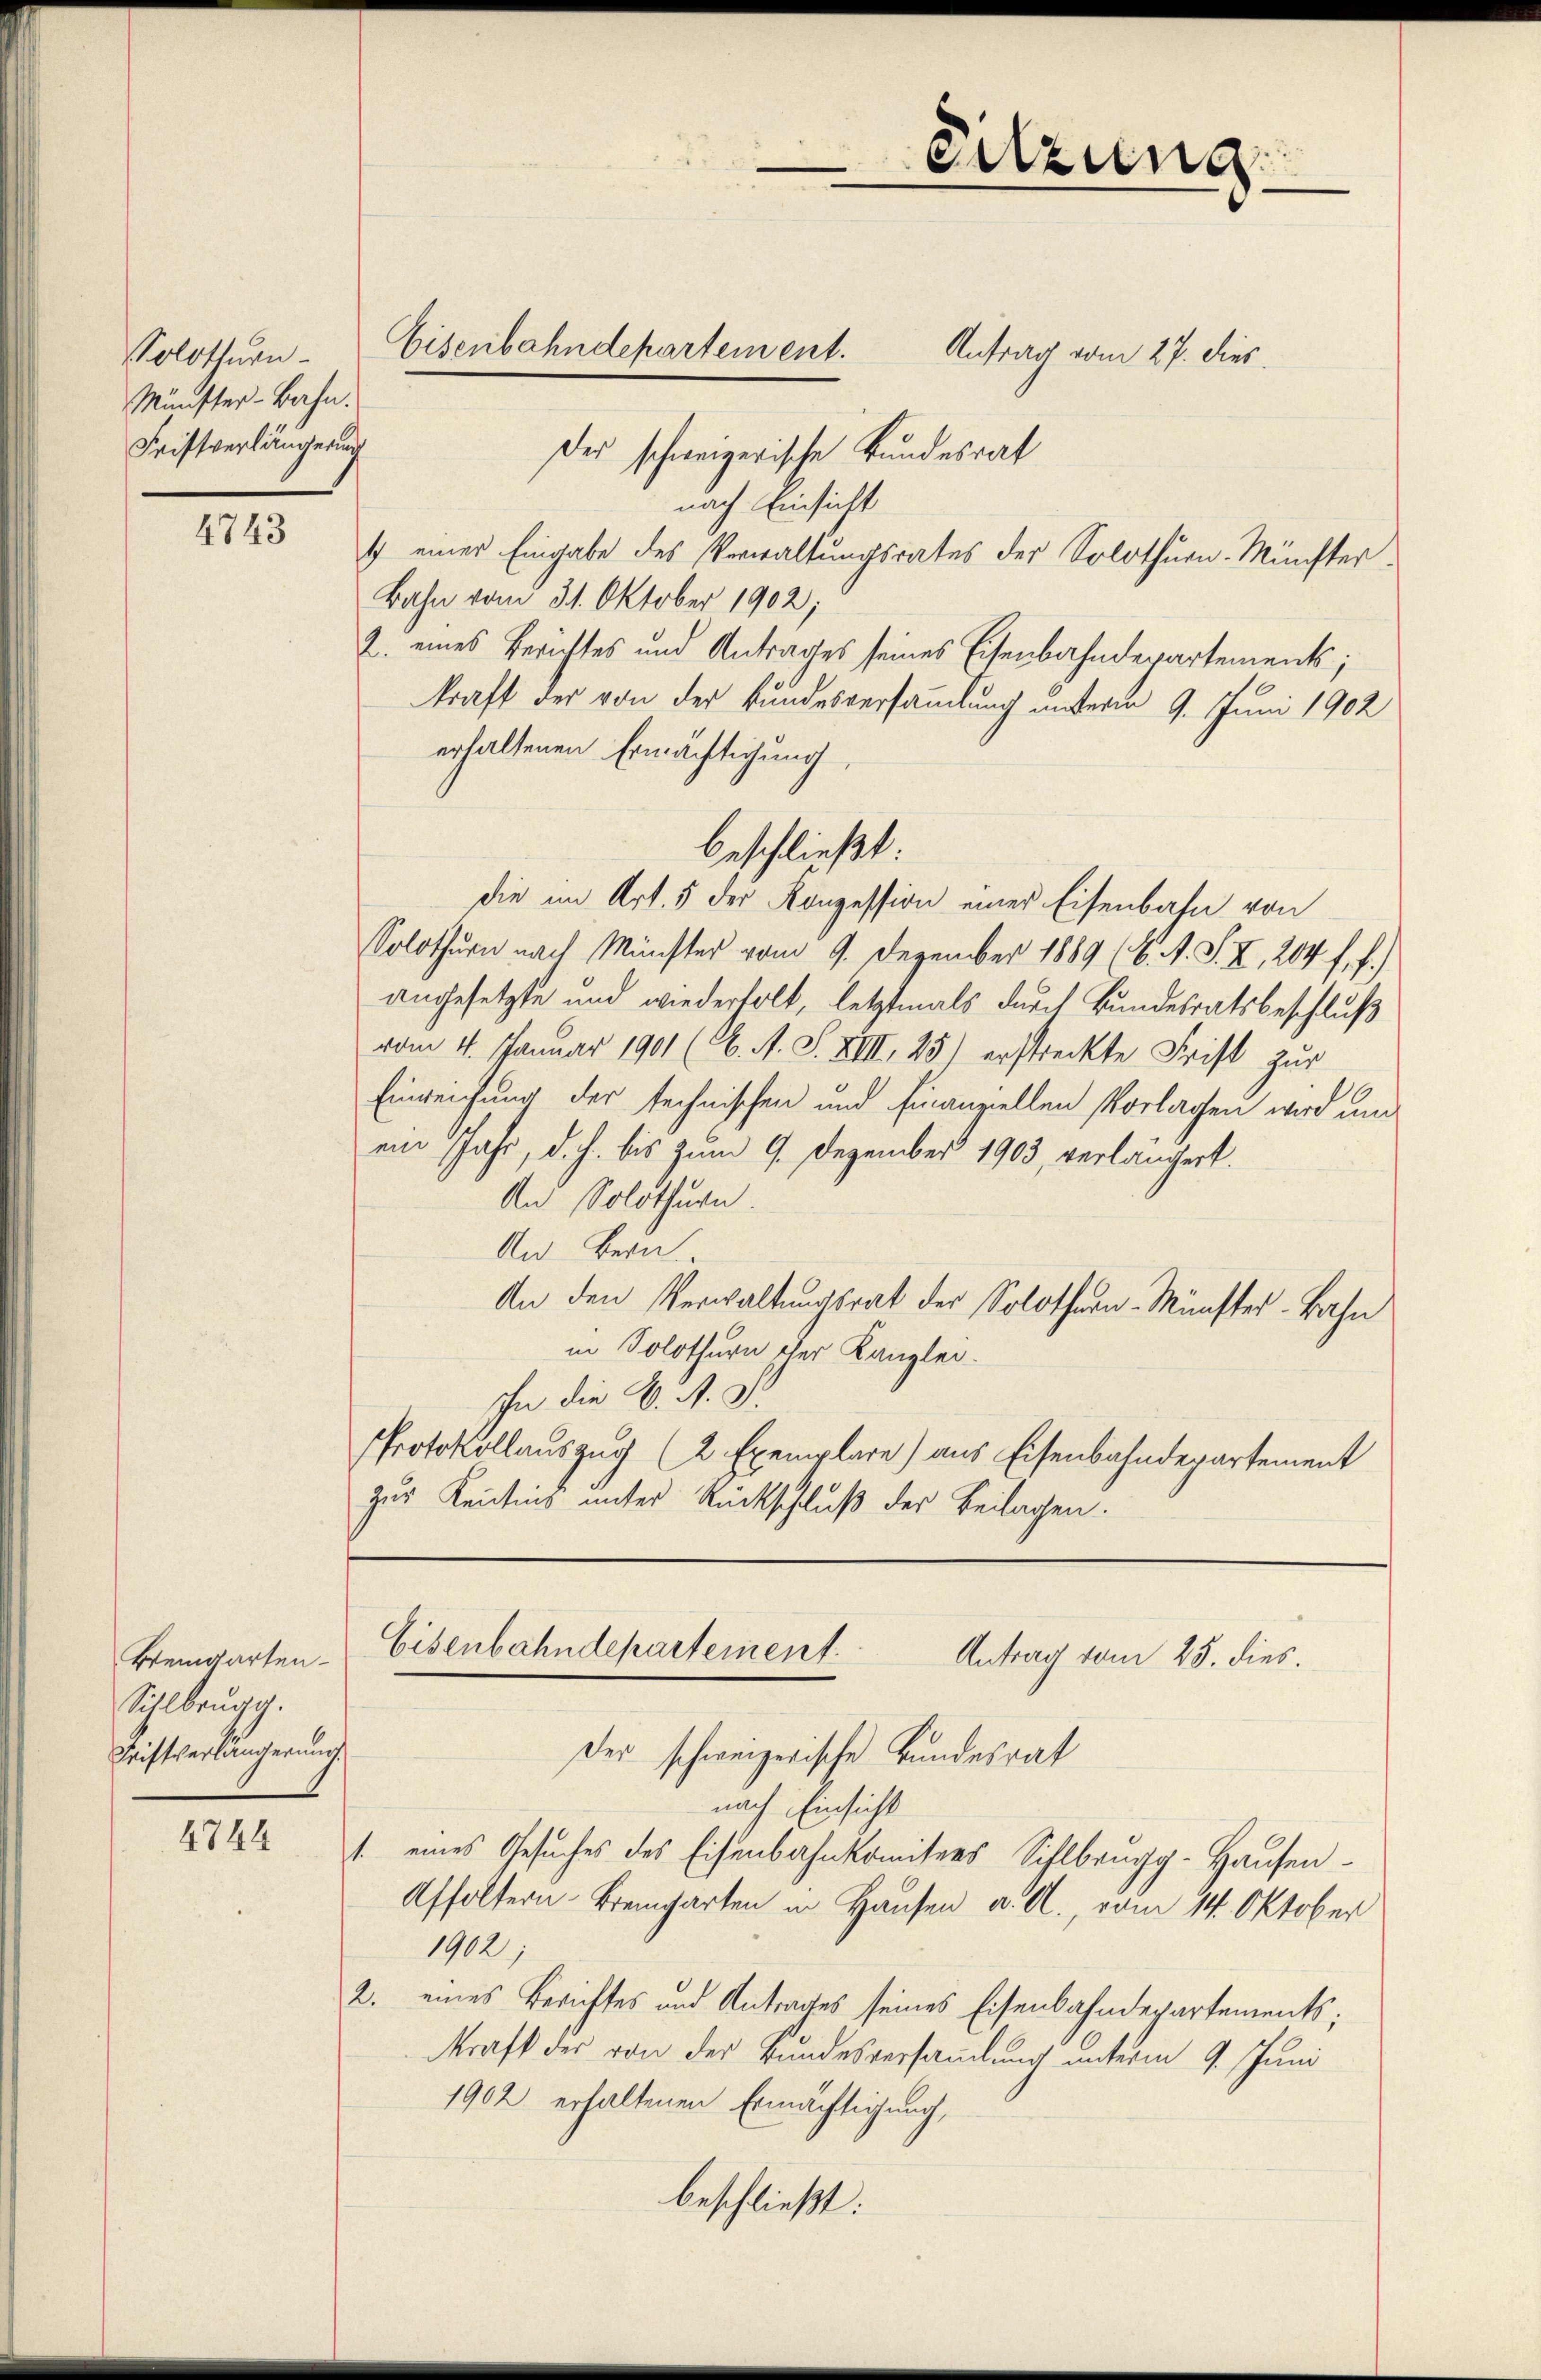
Solothurn
Münster-Bahn.
Fristverlängerung

4743

Weingarten.
Sihlbrugg.
Triftverlängerung.

4744

Antrag vom 27. dies
Des schweizerische Bundesrat
nach Einsicht
1 einer Eingabe des Verwaltungsrates der Solothurn. Münster¬
Bahn vom 31. Oktober 1902;
2. eines Berichtes und Antrages seines Eisenbahndepartements;
kraft der von der Bundesversammlung unterm 9. Juni 1902
erhaltenen Ermächtigung,
die im Art. 5 der Konzession einer Eisenbahn von
Solothurn nach Münster vom 9. Dezember 1889 (C. A. S. II, 204 f. f.)
angesetzte und wiederholt, letztmals durch Bundesratsbeschluß
vom 4. Januar 1901 (6. A. S. XIII 25) erstreckte Frist zur
Einreichung der technischen und Finanziellen Vorlagen wird und
ein Jahr, d. h. bis zum 9. Dezember 1903, verlängert.
An Solothurn.
An Bern.
An den Verwaltungsrat der Solothurn-Münster-Bahn
in Solothurn scher Kanzlei-
In die K. A. G
Protokollauszug (2 Exemplare) aus Eisenbahndepartement
zur Kenntnis unter Rückschluß der Beilagen.

Eisenbahndepartement.

beschließt:

eitzung

Eisenbahndepartement.
Antrag vom 25. dies.

Der schweizerische Bundesrat
nach Einsicht
1. eines Gesuches des Eisenbahnkomitees Sihlbrugg-Hausen-
Affoltern-Bremgarten in Hausen u. A., vom 14. Oktober
1902
2. eines Berichtes und Antrages seines Eisenbahndepartements;
Kraft des von der Bundesversammlung unterm 9. Juni
1902 erhaltenen Ermächtigung,
beschließt: